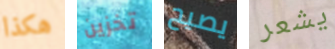
هكذا تخزين يصيح يشعر